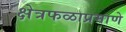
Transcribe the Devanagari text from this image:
क्षेत्रफळाप्रमाणे